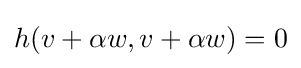
h(v+\alpha w,v+\alpha w)=0